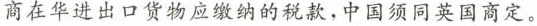
商在华进出口货物应缴纳的税款，中国须同英国商定。